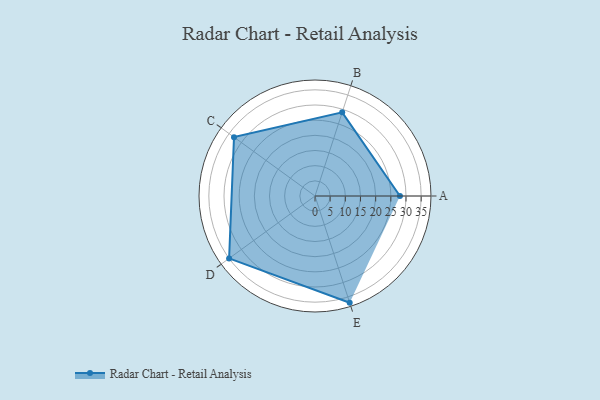
{"axis": {"x": "Skill", "y": "Score"}, "legend": ["Profile"], "data": [{"x": "A", "y": 28.0, "type": "Profile"}, {"x": "B", "y": 29.0, "type": "Profile"}, {"x": "C", "y": 33.0, "type": "Profile"}, {"x": "D", "y": 35.0, "type": "Profile"}, {"x": "E", "y": 37.0, "type": "Profile"}]}